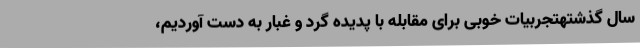
سال گذشتهتجربیات خوبی برای مقابله با پدیده گرد و غبار به دست آوردیم،